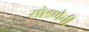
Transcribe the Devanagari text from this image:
सोडणेची